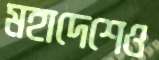
মহাদেশেও